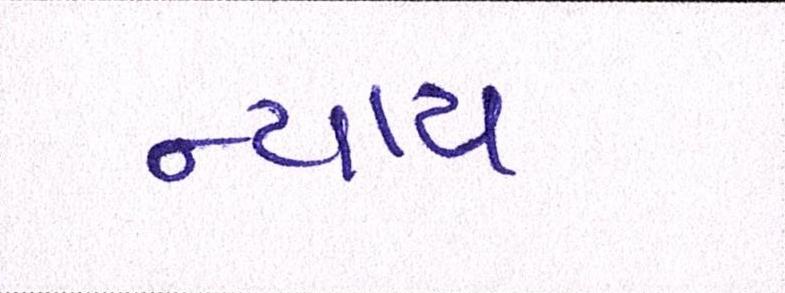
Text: ન્યાય